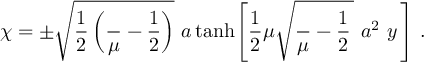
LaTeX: \chi = \pm \sqrt { \frac { 1 } { 2 } \left( \frac { \l } { \mu } - \frac { 1 } { 2 } \right) } \, \, a \operatorname { t a n h } \Biggl [ \frac { 1 } { 2 } \mu \sqrt { \frac { \l } { \mu } - \frac { 1 } { 2 } \, } \, \, a ^ { 2 } \, \, y \, \Biggr ] ~ .